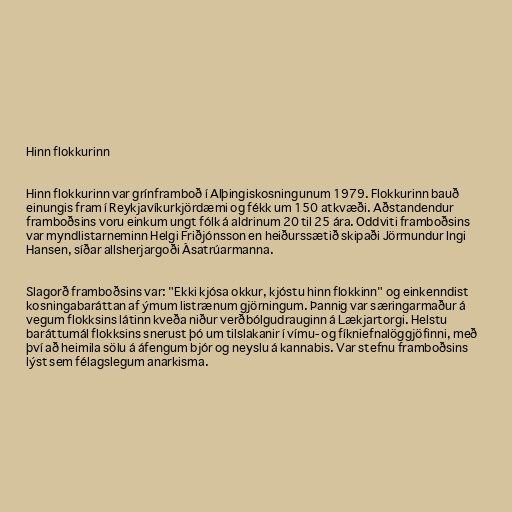
Hinn flokkurinn

Hinn flokkurinn var grínframboð í Alþingiskosningunum 1979. Flokkurinn bauð
einungis fram í Reykjavíkurkjördæmi og fékk um 150 atkvæði. Aðstandendur
framboðsins voru einkum ungt fólk á aldrinum 20 til 25 ára. Oddviti framboðsins
var myndlistarneminn Helgi Friðjónsson en heiðurssætið skipaði Jörmundur Ingi
Hansen, síðar allsherjargoði Ásatrúarmanna.

Slagorð framboðsins var: "Ekki kjósa okkur, kjóstu hinn flokkinn" og einkenndist
kosningabaráttan af ýmum listrænum gjörningum. Þannig var særingarmaður á
vegum flokksins látinn kveða niður verðbólgudrauginn á Lækjartorgi. Helstu
baráttumál flokksins snerust þó um tilslakanir í vímu- og fíkniefnalöggjöfinni, með
því að heimila sölu á áfengum bjór og neyslu á kannabis. Var stefnu framboðsins
lýst sem félagslegum anarkisma.